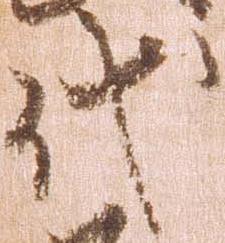
代